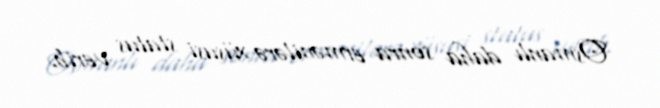
Osmanlı daha sonra ermənilərə xüsusi status verib.